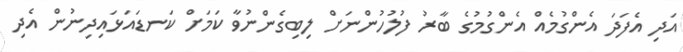
އަދި އެފަދަ އެންގުމެއް އެންގުމުގެ ބާރު ފުލުހުންނަށް ލިބިގެންނުވާ ކަމަށް ކަނޑައަޅައިދިނުން އެދި